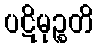
ပဋိမုဉ္စတိ